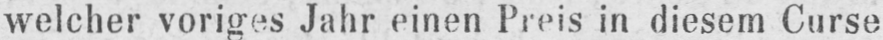
welcher voriges Jahr einen Preis in diesem Curse